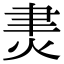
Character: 㶳